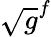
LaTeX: \sqrt{g}^{f}